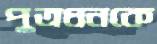
পুত্রধনকে